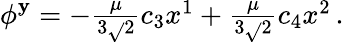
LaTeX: \phi^{\mathbf{y}}=-\textstyle{\frac{{\mu}}{{3\sqrt{}{{2}}}}}c_{3}x^{1}+\textstyle{\frac{{\mu}}{{3\sqrt{}{{2}}}}}c_{4}x^{2}\, .